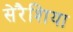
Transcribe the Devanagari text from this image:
सेरैशिया